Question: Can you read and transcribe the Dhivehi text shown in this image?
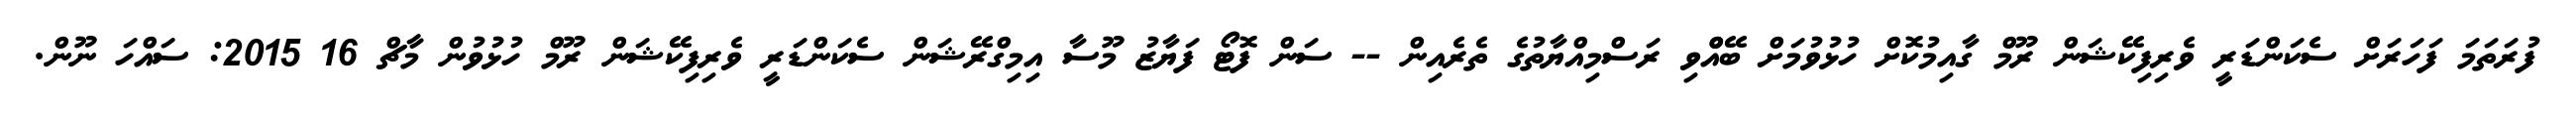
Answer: ފުރަތަމަ ފަހަރަށް ސެކަންޑަރީ ވެރިފިކޭޝަން ރޫމް ގާއިމުކޮށް ހުޅުވުމަށް ބޭއްްވި ރަސްމިއްޔާތުގެ ތެރެއިން -- ސަން ފޮޓޯ ފަޔާޒު މޫސާ އިމިގްރޭޝަން ސެކަންޑަރީ ވެރިފިކޭޝަން ރޫމް ހުޅުވުން މާޗް 16 2015: ސައްހަ ނޫން.